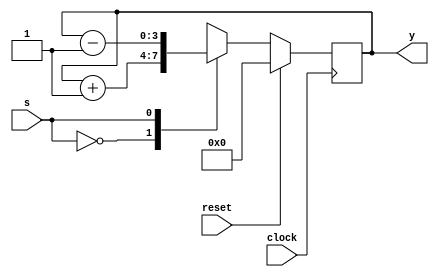
module up_down_counter(
  input reset,clock,
  input s,
  output reg[3:0]y);
  
  always @(posedge clock) begin
    if(reset)
      y=4'b0000;
    else
    case(s)
      0: y=y+1;
      1: y=y-1;
    endcase
  end
endmodule